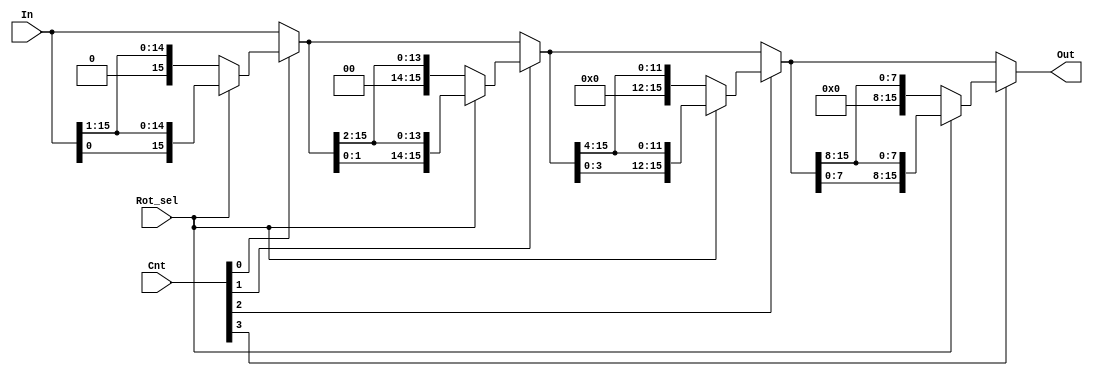

module rshifter(In, Cnt, Rot_sel, Out);
    input [15:0] In;
    input [3:0] Cnt;
    input Rot_sel;
    output [15:0] Out;

    wire [15:0] intermediates[2:0];
    wire [15:0] shifts[3:0];

    assign shifts[0] = In >> 1;
    assign shifts[1] = intermediates[0] >> 2;
    assign shifts[2] = intermediates[1] >> 4;
    assign shifts[3] = intermediates[2] >> 8;

    assign intermediates[0] = (~Cnt[0]) ? In :
                              (Rot_sel) ? {In[0], shifts[0][14:0]} :
                              shifts[0];

    assign intermediates[1] = (~Cnt[1]) ? intermediates[0] :
                              (Rot_sel) ? {intermediates[0][1:0], shifts[1][13:0]} :
                              shifts[1];

    assign intermediates[2] = (~Cnt[2]) ? intermediates[1] :
                              (Rot_sel) ? {intermediates[1][3:0], shifts[2][11:0]} :
                              shifts[2];

    assign Out = (~Cnt[3]) ? intermediates[2] :
                 (Rot_sel) ? {intermediates[2][7:0], shifts[3][7:0]} :
                 shifts[3];

endmodule